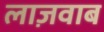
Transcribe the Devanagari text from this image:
लाज़वाब